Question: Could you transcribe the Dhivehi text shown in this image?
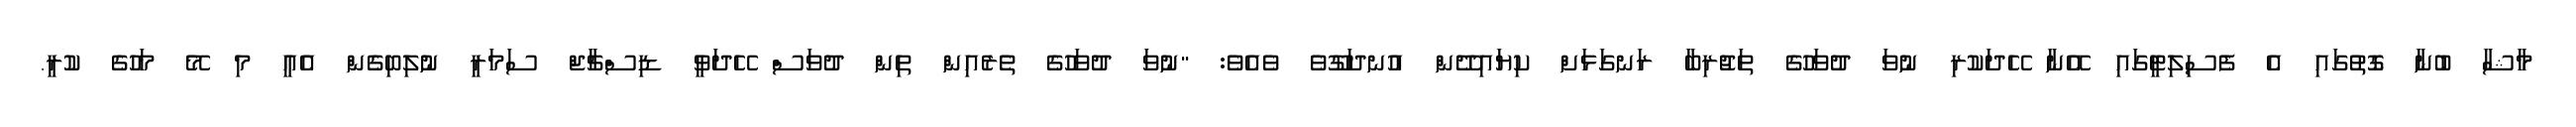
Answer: މާޝާ ބުނާ ގޮތުގައި އެ ފެސިލިޓީގައި އޭނާ ހޭދަކުރި ނުވަ ދުވަހުގެ ތަޖުރިބާ ރަނގަޅަށް ކިޔައިދޭން އުނދަގޫވެ ވެއެވެ: "ނުވަ ދުވަހުގެ ތެރެއިން ތިން ދުވަސް ހޭދަވީ ޑިސްޗާޖް ސަމަރީ ނުލިބިގެން އެއީ މި މޭ މަހުގެ ކުރީ.